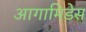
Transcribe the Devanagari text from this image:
आगामिडेस